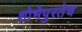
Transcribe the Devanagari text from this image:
शोभेपुरतेच